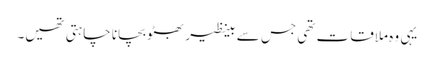
یہی وہ ملاقات تھی جس سے بینظیر بھٹو بچانا چاہتی تھیں۔